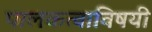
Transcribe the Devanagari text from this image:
पालकत्वाविषयी